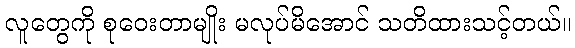
လူတွေကို စုဝေးတာမျိုး မလုပ်မိအောင် သတိထားသင့်တယ်။